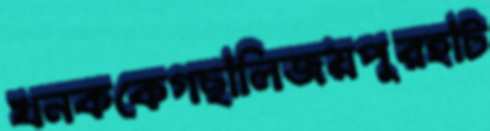
খনককেগছালিজয়পুরহাট